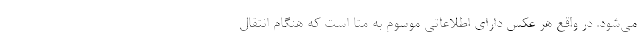
می‌شود. در واقع هر عکس دارای اطلاعاتی موسوم به متا است که هنگام انتقال